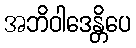
အဘိဝါဒေန္တိပေ